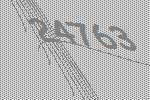
24763